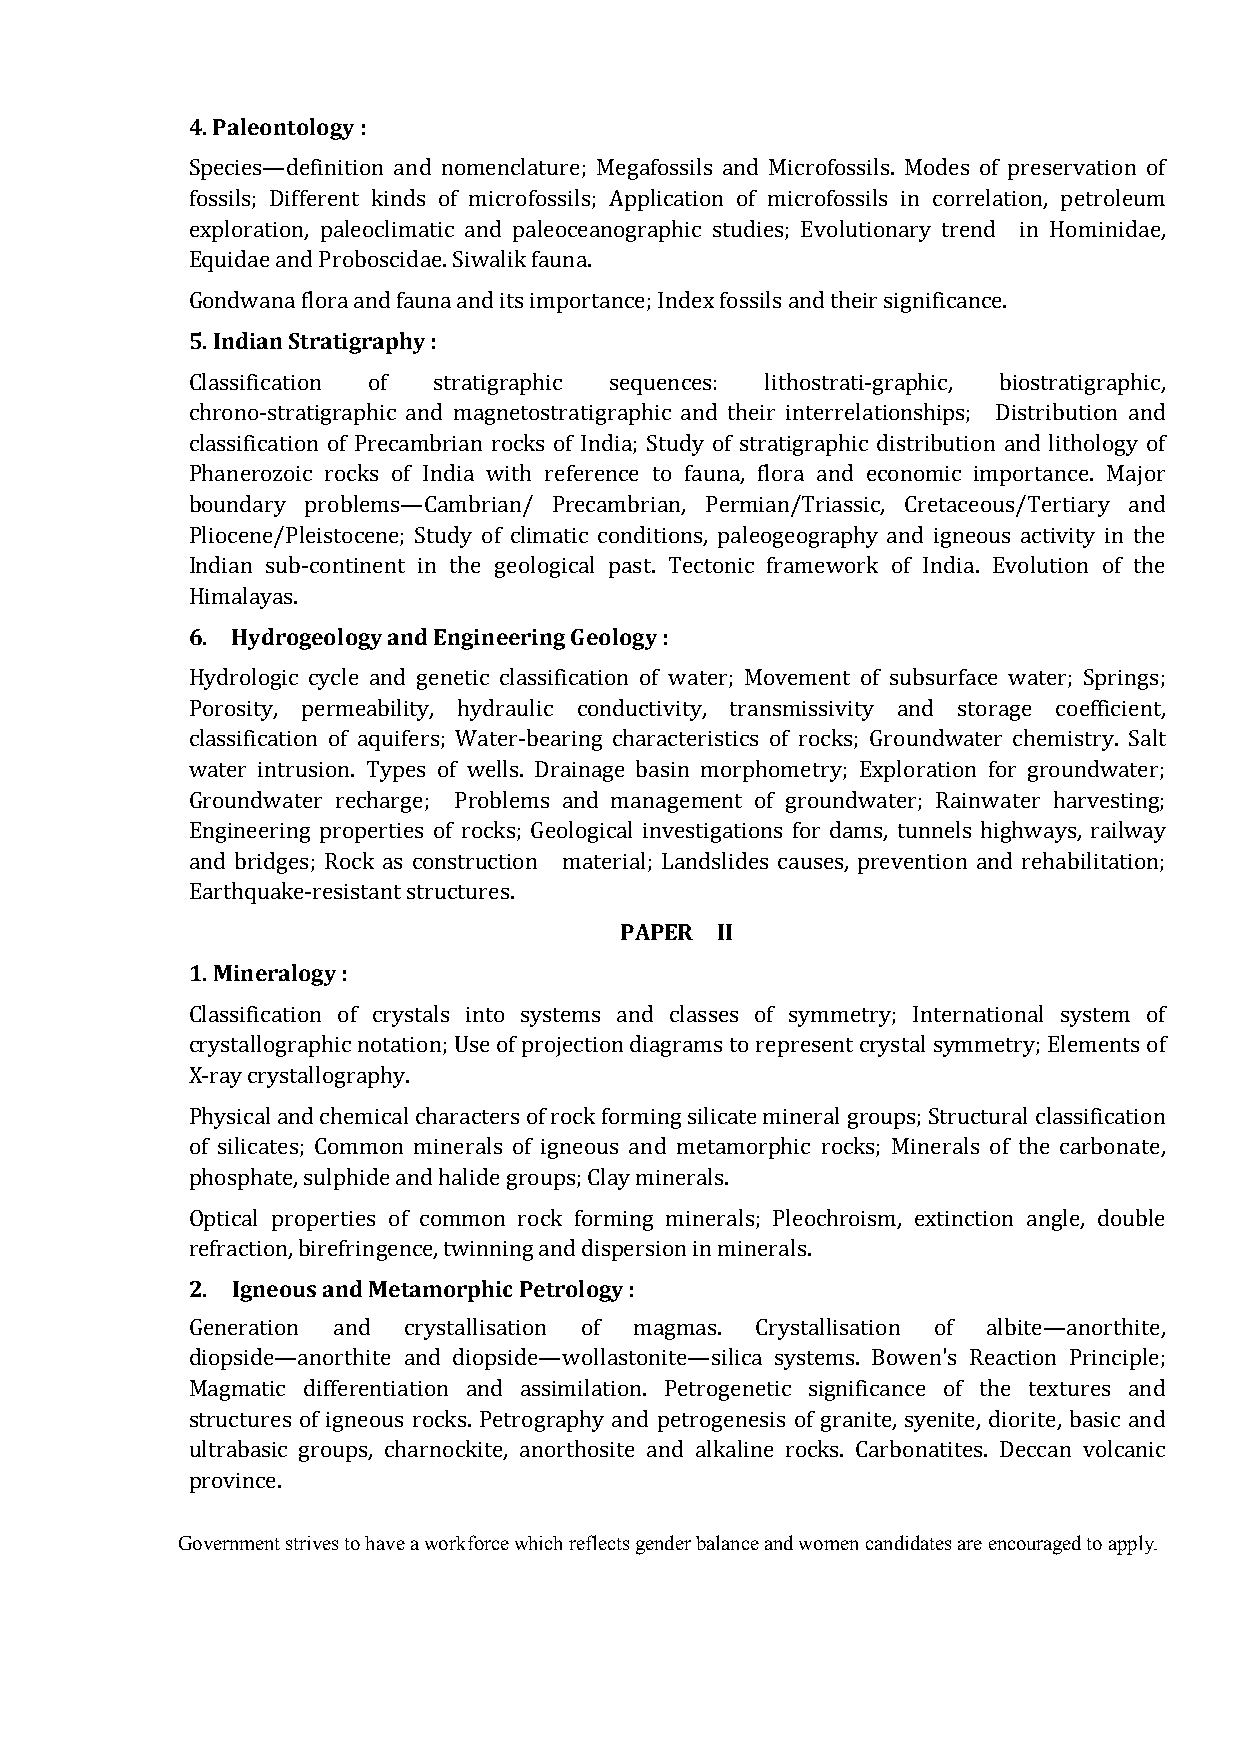
4. Paleontology :
 Species—definition and nomenclature; Megafossils and Microfossils. Modes of preservation of
 fossils; Different kinds of microfossils; Application of microfossils in correlation, petroleum
 exploration, paleoclimatic and paleoceanographic studies; Evolutionary trend in Hominidae,
 Equidae and Proboscidae. Siwalik fauna.
 5. Indian Stratigraphy :
 Gondwana flora and fauna and its importance; Index fossils and their significance.
 Classification of stratigraphic sequences: lithostrati-graphic, biostratigraphic,
 chrono-stratigraphic and magnetostratigraphic and their interrelationships; Distribution and
 classification of Precambrian rocks of India; Study of stratigraphic distribution and lithology of
 Phanerozoic rocks of India with reference to fauna, flora and economic importance. Major
 boundary problems—Cambrian/ Precambrian, Permian/Triassic, Cretaceous/Tertiary and
 Pliocene/Pleistocene; Study of climatic conditions, paleogeography and igneous activity in the
 Indian sub-continent in the geological past. Tectonic framework of India. Evolution of the
 6. Hydrogeology and Engineering Geology :
 Himalayas.
 Hydrologic cycle and genetic classification of water; Movement of subsurface water; Springs;
 Porosity, permeability, hydraulic conductivity, transmissivity and storage coefficient,
 classification of aquifers; Water-bearing characteristics of rocks; Groundwater chemistry. Salt
 water intrusion. Types of wells. Drainage basin morphometry; Exploration for groundwater;
 Groundwater recharge; Problems and management of groundwater; Rainwater harvesting;
 Engineering properties of rocks; Geological investigations for dams, tunnels highways, railway
 and bridges; Rock as construction material; Landslides causes, prevention and rehabilitation;
 PAPER II
 Earthquake-resistant structures.
 1. Mineralogy :
 Classification of crystals into systems and classes of symmetry; International system of
 crystallographic notation; Use of projection diagrams to represent crystal symmetry; Elements of
 X-ray crystallography.
 Physical and chemical characters of rock forming silicate mineral groups; Structural classification
 of silicates; Common minerals of igneous and metamorphic rocks; Minerals of the carbonate,
 phosphate, sulphide and halide groups; Clay minerals.
 Optical properties of common rock forming minerals; Pleochroism, extinction angle, double
 2. Igneous and Metamorphic Petrology :
 refraction, birefringence, twinning and dispersion in minerals.
 Generation and crystallisation of magmas. Crystallisation of albite—anorthite,
 diopside—anorthite and diopside—wollastonite—silica systems. Bowen's Reaction Principle;
 Magmatic differentiation and assimilation. Petrogenetic significance of the textures and
 structures of igneous rocks. Petrography and petrogenesis of granite, syenite, diorite, basic and
 ultrabasic groups, charnockite, anorthosite and alkaline rocks. Carbonatites. Deccan volcanic
 province.
 Government strives to have a workforce which reflects gender balance and women candidates are encouraged to apply.